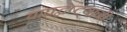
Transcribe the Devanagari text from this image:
वाघद्वेष्ट्यांनी